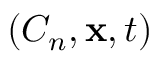
\left( { { C _ { n } } , { \bf { x } } , t } \right)